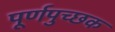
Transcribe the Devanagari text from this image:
पूर्णपुच्छक